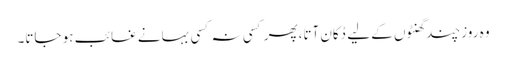
وہ روز چند گھنٹوں کے لیے دُکان آتا،پھر کسی نہ کسی بہانے غائب ہو جاتا۔